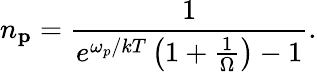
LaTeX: n_{\mathbf p}={\frac{1}{e^{\omega_{p}/kT}\left(1+{\frac{1}{\Omega}}\right)-1}}.